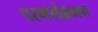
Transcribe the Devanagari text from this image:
परमसंक्रमण